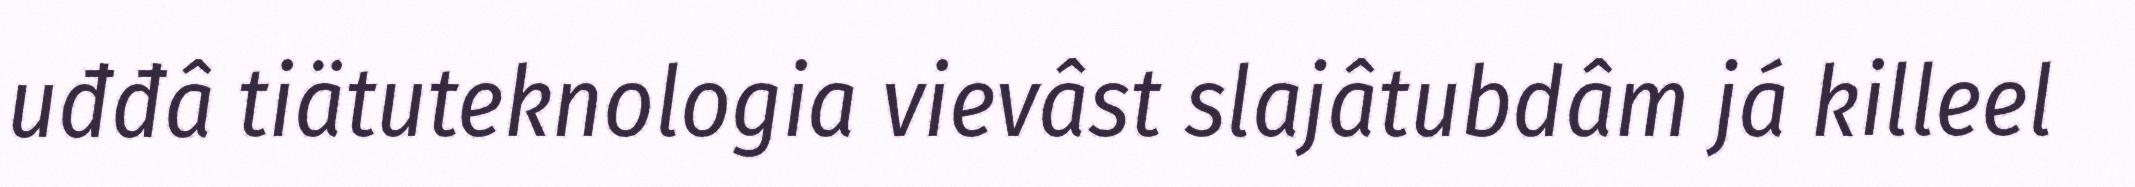
uđđâ tiätuteknologia vievâst slajâtubdâm já killeel